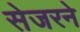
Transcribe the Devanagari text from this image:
सेजरने